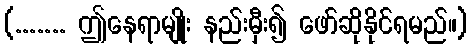
(....... ဤနေရာမျိုး နည်းမှီး၍ ဖော်ဆိုနိုင်ရမည်။)